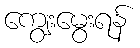
ကျွေးမွေးရန်